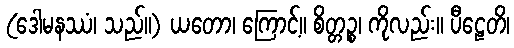
(ဒေါမနဿံ၊ သည်။) ယတော၊ ကြောင့်။ စိတ္တဉ္စ၊ ကိုလည်း။ ပီဠေတိ၊